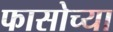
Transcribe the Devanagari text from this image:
फासोच्या